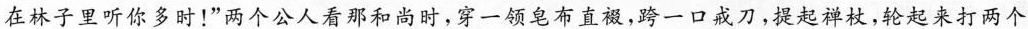
在林子里听你多时！”两个公人看那和尚时，穿一领皂布直裰，跨一口戒刀，提起禅杖，轮起来打两个